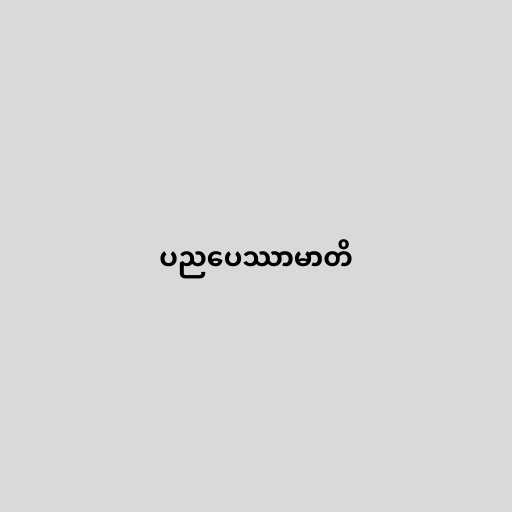
ပညပေဿာမာတိ